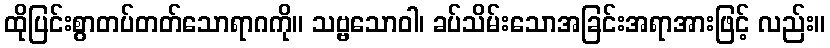
ထိုပြင်းစွာတပ်တတ်သောရာဂကို။ သဗ္ဗသောဝါ၊ ခပ်သိမ်းသောအခြင်းအရာအားဖြင့် လည်း။